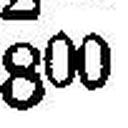
800